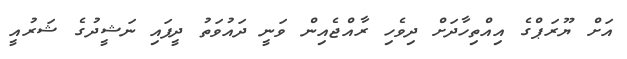
އަށް ޔޫރަޕްގެ އިއްތިހާދަށް ދިވެހި ރާއްޖެއިން ވަނީ ދައުވަތު ދީފައި ނަޝީދުގެ ޝަރުއީ